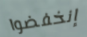
إنخفضوا